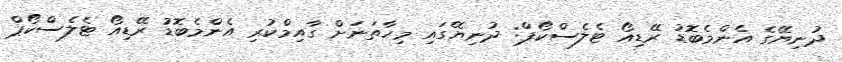
ދުނިޔޭގެ އެންމެބޮޑު ރޭޑިއޯ ޓެލެސްކޯޕް: ދުނިޔޭގައި މިހާތަނަށް ގާއިމްކުރި އެންމެބޮޑު ރޭޑިއޯ ޓެލެސްކޯޕް